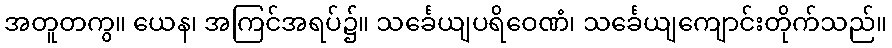
အတူတကွ။ ယေန၊ အကြင်အရပ်၌။ သင်္ခေယျပရိဝေဏံ၊ သင်္ခေယျကျောင်းတိုက်သည်။